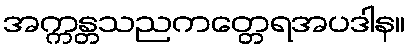
အက္ကန္တသညကတ္တေရအပဒါန။